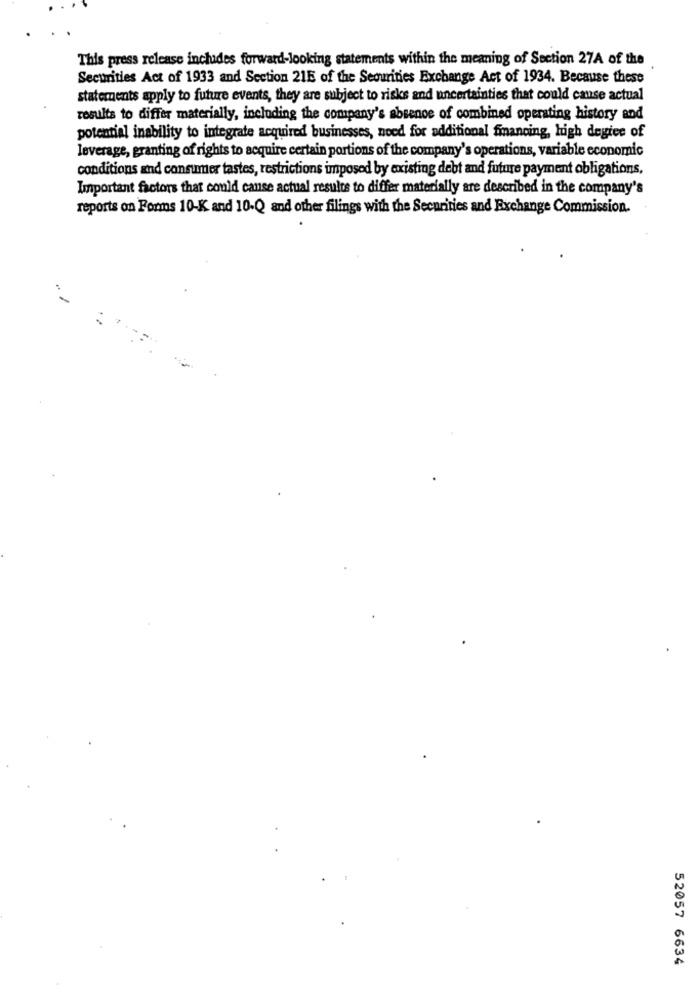
This press release includes forward-looking statements within the meaning of Section 27A of the
Securities Act of 1933 and Section 21E of the Securities Exchange Act of 1934. Because these
statements apply to future events, they are subject to risks and uncertainties that could cause actual
results to differ materially, including the company's absence of combined operating history and
potential inability to integrate acquired businesses, need for additional fmancing, high degree of
leverage, granting of rights to acquire certain portions of the company's operations, variable economic
conditions and consumer tastes, restrictions imposed by existing debt and future payment obligations,
Important factors that could cause actual results to differ materially are described in the company's
reports on Forms 10-K and 10-Q and other filings with the Securities and Exchange Commission.
-
52057 6634